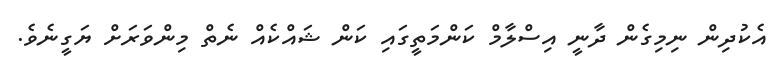
އެކުދިން ނިމިގެން ދާނީ އިސްލާމް ކަންމަތީގައި ކަން ޝައްކެއް ނެތް މިންވަރަށް ޔަގީނެވެ.